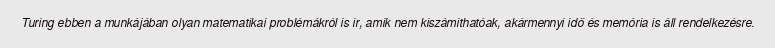
Turing ebben a munkájában olyan matematikai problémákról is ír, amik nem kiszámíthatóak, akármennyi idő és memória is áll rendelkezésre.